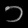
Digit: ၁